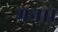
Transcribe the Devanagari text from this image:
मना।